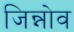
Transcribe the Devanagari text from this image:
जिन्नोव